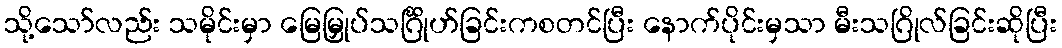
သို့သော်လည်း သမိုင်းမှာ မြေမြှုပ်သင်္ဂြိုဟ်ခြင်းကစတင်ပြီး နောက်ပိုင်းမှသာ မီးသဂြိုလ်ခြင်းဆိုပြီး